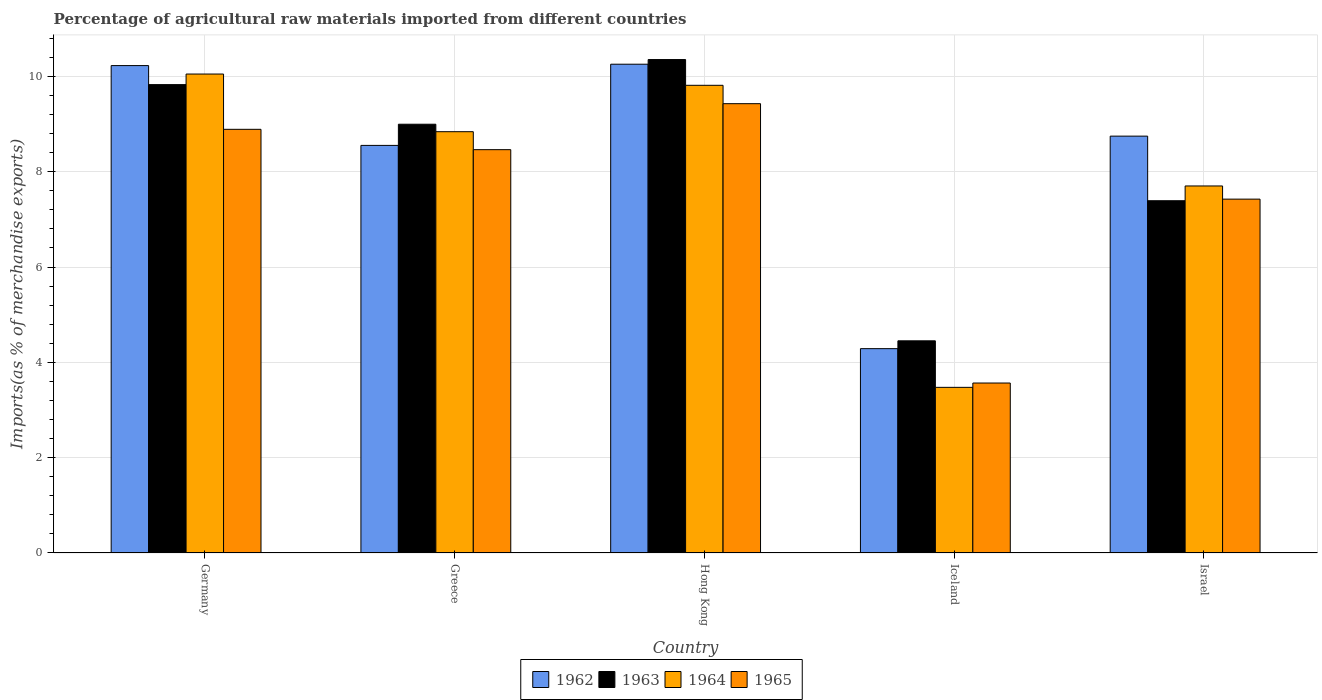
| Country | 1962 | 1963 | 1964 | 1965 |
 | --- | --- | --- | --- | --- |
 | Germany | 10.2 | 9.83 | 10 | 8.89 |
 | Greece | 8.55 | 9 | 8.84 | 8.46 |
 | Hong Kong | 10.3 | 10.4 | 9.81 | 9.43 |
 | Iceland | 4.29 | 4.45 | 3.48 | 3.57 |
 | Israel | 8.75 | 7.39 | 7.7 | 7.42 |